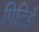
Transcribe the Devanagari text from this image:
पिटिई